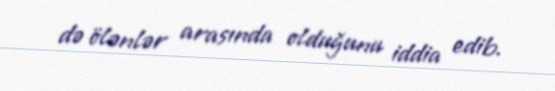
də ölənlər arasında olduğunu iddia edib.